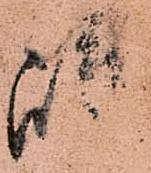
嶋